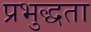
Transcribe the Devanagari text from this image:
प्रभुद्धता